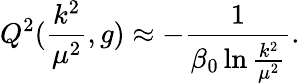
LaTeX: Q^{2}(\frac{k^{2}}{{\mu}^{2}},g)\approx-\frac{1}{{\beta}_{0}\ln{\frac{k^{2}}{{\mu}^{2}}}}.